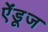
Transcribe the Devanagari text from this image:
ऐंडूज